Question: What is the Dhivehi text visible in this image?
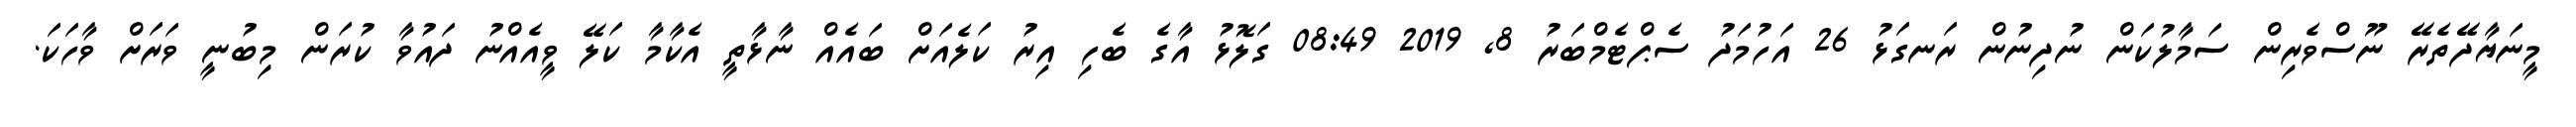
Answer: މީނަޔާދޭތެރޭ ނޫސްވެރިން ސަމާލުކަން ނުދިނުން ރަނގަޅު 26 އަހުމަދު ސެޕްޓެމްބަރު 8, 2019 08:49 ގަލޮޅު އާގެ ބެހި އިރު ކަލެއަށް ބައެއް ނާޅާތީ އެކާމާ ކަލޭ ވީއެއްނު ދައުވާ ކުރަން މިބުނީ ވަރަށް ވާހަކަ.